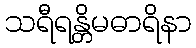
သရီရန္တိမဓာရိနာ